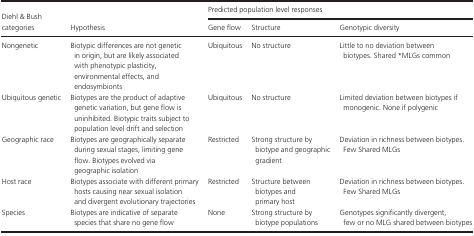
|  |  | <COLSPAN=3> Predicted population level responses |
 | Diehl & Bush categories | Hypothesis | Gene flow | Structure | Genotypic diversity |
 | --- | --- | --- | --- | --- |
 | Nongenetic | Biotypic differences are not genetic in origin, but are likely associated with phenotypic plasticity, environmental effects, and endosymbionts | Ubiquitous | No structure | Little to no deviation between biotypes. Shared *MLGs common |
 | Ubiquitous genetic | Biotypes are the product of adaptive genetic variation, but gene flow is uninhibited. Biotypic traits subject to population level drift and selection | Ubiquitous | No structure | Limited deviation between biotypes if monogenic. None if polygenic |
 | Geographic race | Biotypes are geographically separate during sexual stages, limiting gene flow. Biotypes evolved via geographic isolation | Restricted | Strong structure by biotype and geographic gradient | Deviation in richness between biotypes. Few Shared MLGs |
 | Host race | Biotypes associate with different primary hosts causing near sexual isolation and divergent evolutionary trajectories | Restricted | Structure between biotypes and primary host | Deviation in richness between biotypes. Few Shared MLGs |
 | Species | Biotypes are indicative of separate species that share no gene flow | None | Strong structure by biotype populations | Genotypes significantly divergent, few or no MLG shared between biotypes |